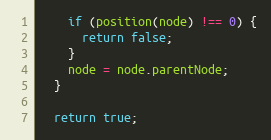
Language: JavaScript
    if (position(node) !== 0) {
      return false;
    }
    node = node.parentNode;
  }

  return true;